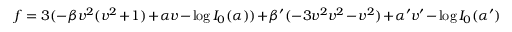
f = 3 ( - \beta v ^ { 2 } ( v ^ { 2 } + 1 ) + \alpha v - \log I _ { 0 } ( \alpha ) ) + \beta ^ { \prime } ( - 3 v ^ { 2 } v ^ { 2 } - v ^ { 2 } ) + \alpha ^ { \prime } v ^ { \prime } - \log I _ { 0 } ( \alpha ^ { \prime } )